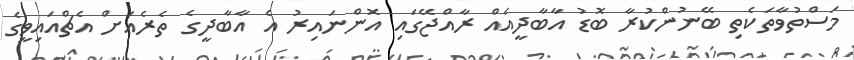
މަސްތުވާތަކެތި ބޭނުންކުރާ ބޮޑު އާބާދީއެއް ރާއްޖޭގައި އޮންނައިރު އެ އާބާދީގެ ތެރެއަށް އެޗްއައިވީގެ